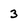
Character: 3